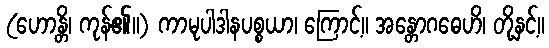
(ဟောန္တိ၊ ကုန်၏။) ကာမုပါဒါနပစ္စယာ၊ ကြောင့်။ အန္တောဂဓေဟိ၊ တို့နှင့်။